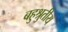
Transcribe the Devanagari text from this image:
बहुश्रुतीय